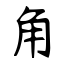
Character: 角